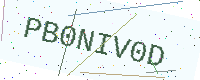
Text: PB0NIV0D